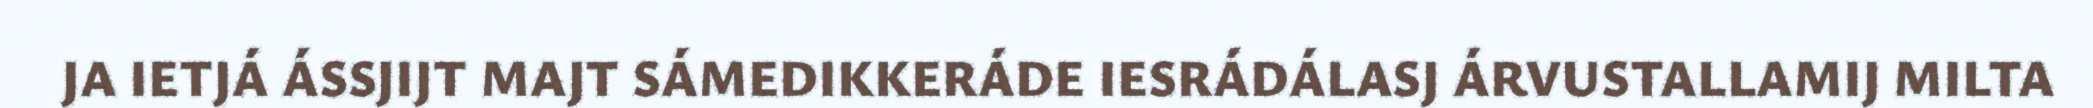
JA IETJÁ ÁSSJIJT MAJT SÁMEDIKKERÁDE IESRÁDÁLASJ ÁRVUSTALLAMIJ MILTA